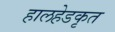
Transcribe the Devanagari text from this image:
हालहेडकृत